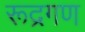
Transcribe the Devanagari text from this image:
रूद्रगण